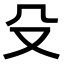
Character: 殳